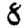
Digit: 8